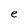
Character: e